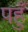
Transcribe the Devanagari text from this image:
पहुँ